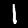
Digit: 1